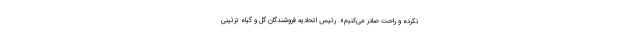
نکرده و راحت صادر می‌کنیم». رئیس اتحادیه فروشندگان گل و گیاه تزئینی